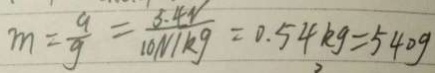
m = \frac { 9 } { g } = \frac { 5 . 4 v } { 1 0 N / k g } = 0 . 5 4 k g = 5 4 0 g